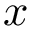
x